Insane asylums Bombay 1873-77 - 1873-1877
Year: 1873
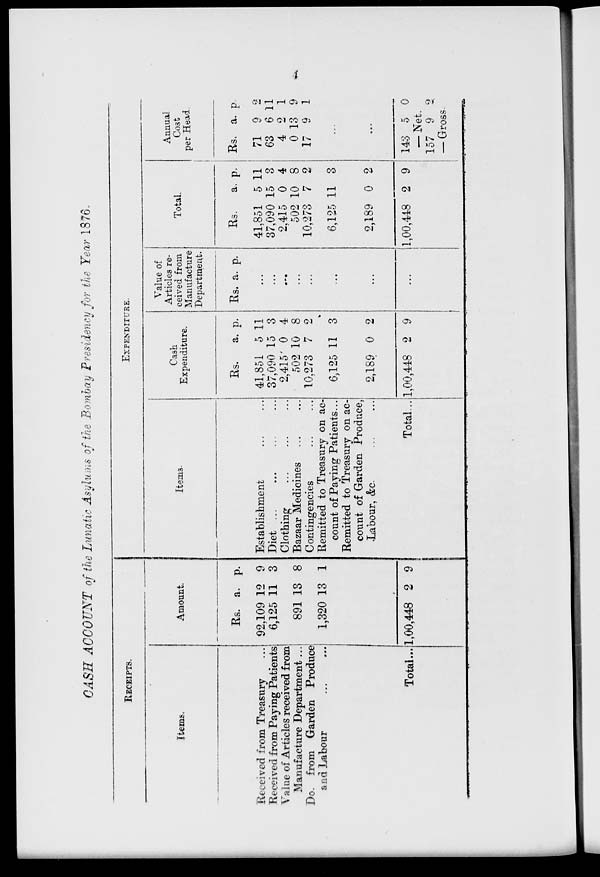
4
CASH ACCOUNT of the Lunatic Asylums of the Bombay Presidency for the Year 1876
RECEIPTS.
Items.
Received from Treasury ...
Received from Paying Patients
Value of Articles received from
Manufacture Department...
Do. from Garden Produce
and Labour ... ...
Total ...
Amount.
Rs.
92,109
6,125
891
1,320
1,00,448
a.
12
11
13
13
2
p.
9
3
8
1
9
EXPENDITURE.
Items.
Establishment ... ...
Diet ... ... ... ...
Clothing ... ... ...
Bazaar Medicines ... ...
Contingencies ... ...
Remitted to Treasury on ac-
count of Paying Patients ...
Remitted to Treasury on ac-
count of Garden Produce,
Labour, &c. ... ...
Total...
Cash
Expenditure.
Rs.
41,851
37,090
2,415
502
10,273
6,125
2,189
1,00,448
a.
5
15
0
10
7
11
0
2
p.
11
3
4
8
2
3
2
9
Value of
Articles re-
ceived from
Manufacture
Department.
Rs. a. p.
...
...
...
...
...
...
...
...
Total.
Rs.
41,851
37,090
2,415
502
10,273
6,125
2,189
1,00,448
a.
5
15
0
10
7
11
0
2
p.
11
3
4
8
2
3
2
9
Annual
Cost
per Head
Rs.
71
63
4
0
17
a.
9
6
2
13
9
p.
2
11
1
9
1
...
...
143 5 0
— Net.
157 9 2
— Gross